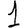
Digit: 1